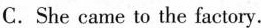
C. She came to the factory.